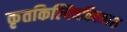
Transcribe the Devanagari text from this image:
कृतकिल्विषविषनाश